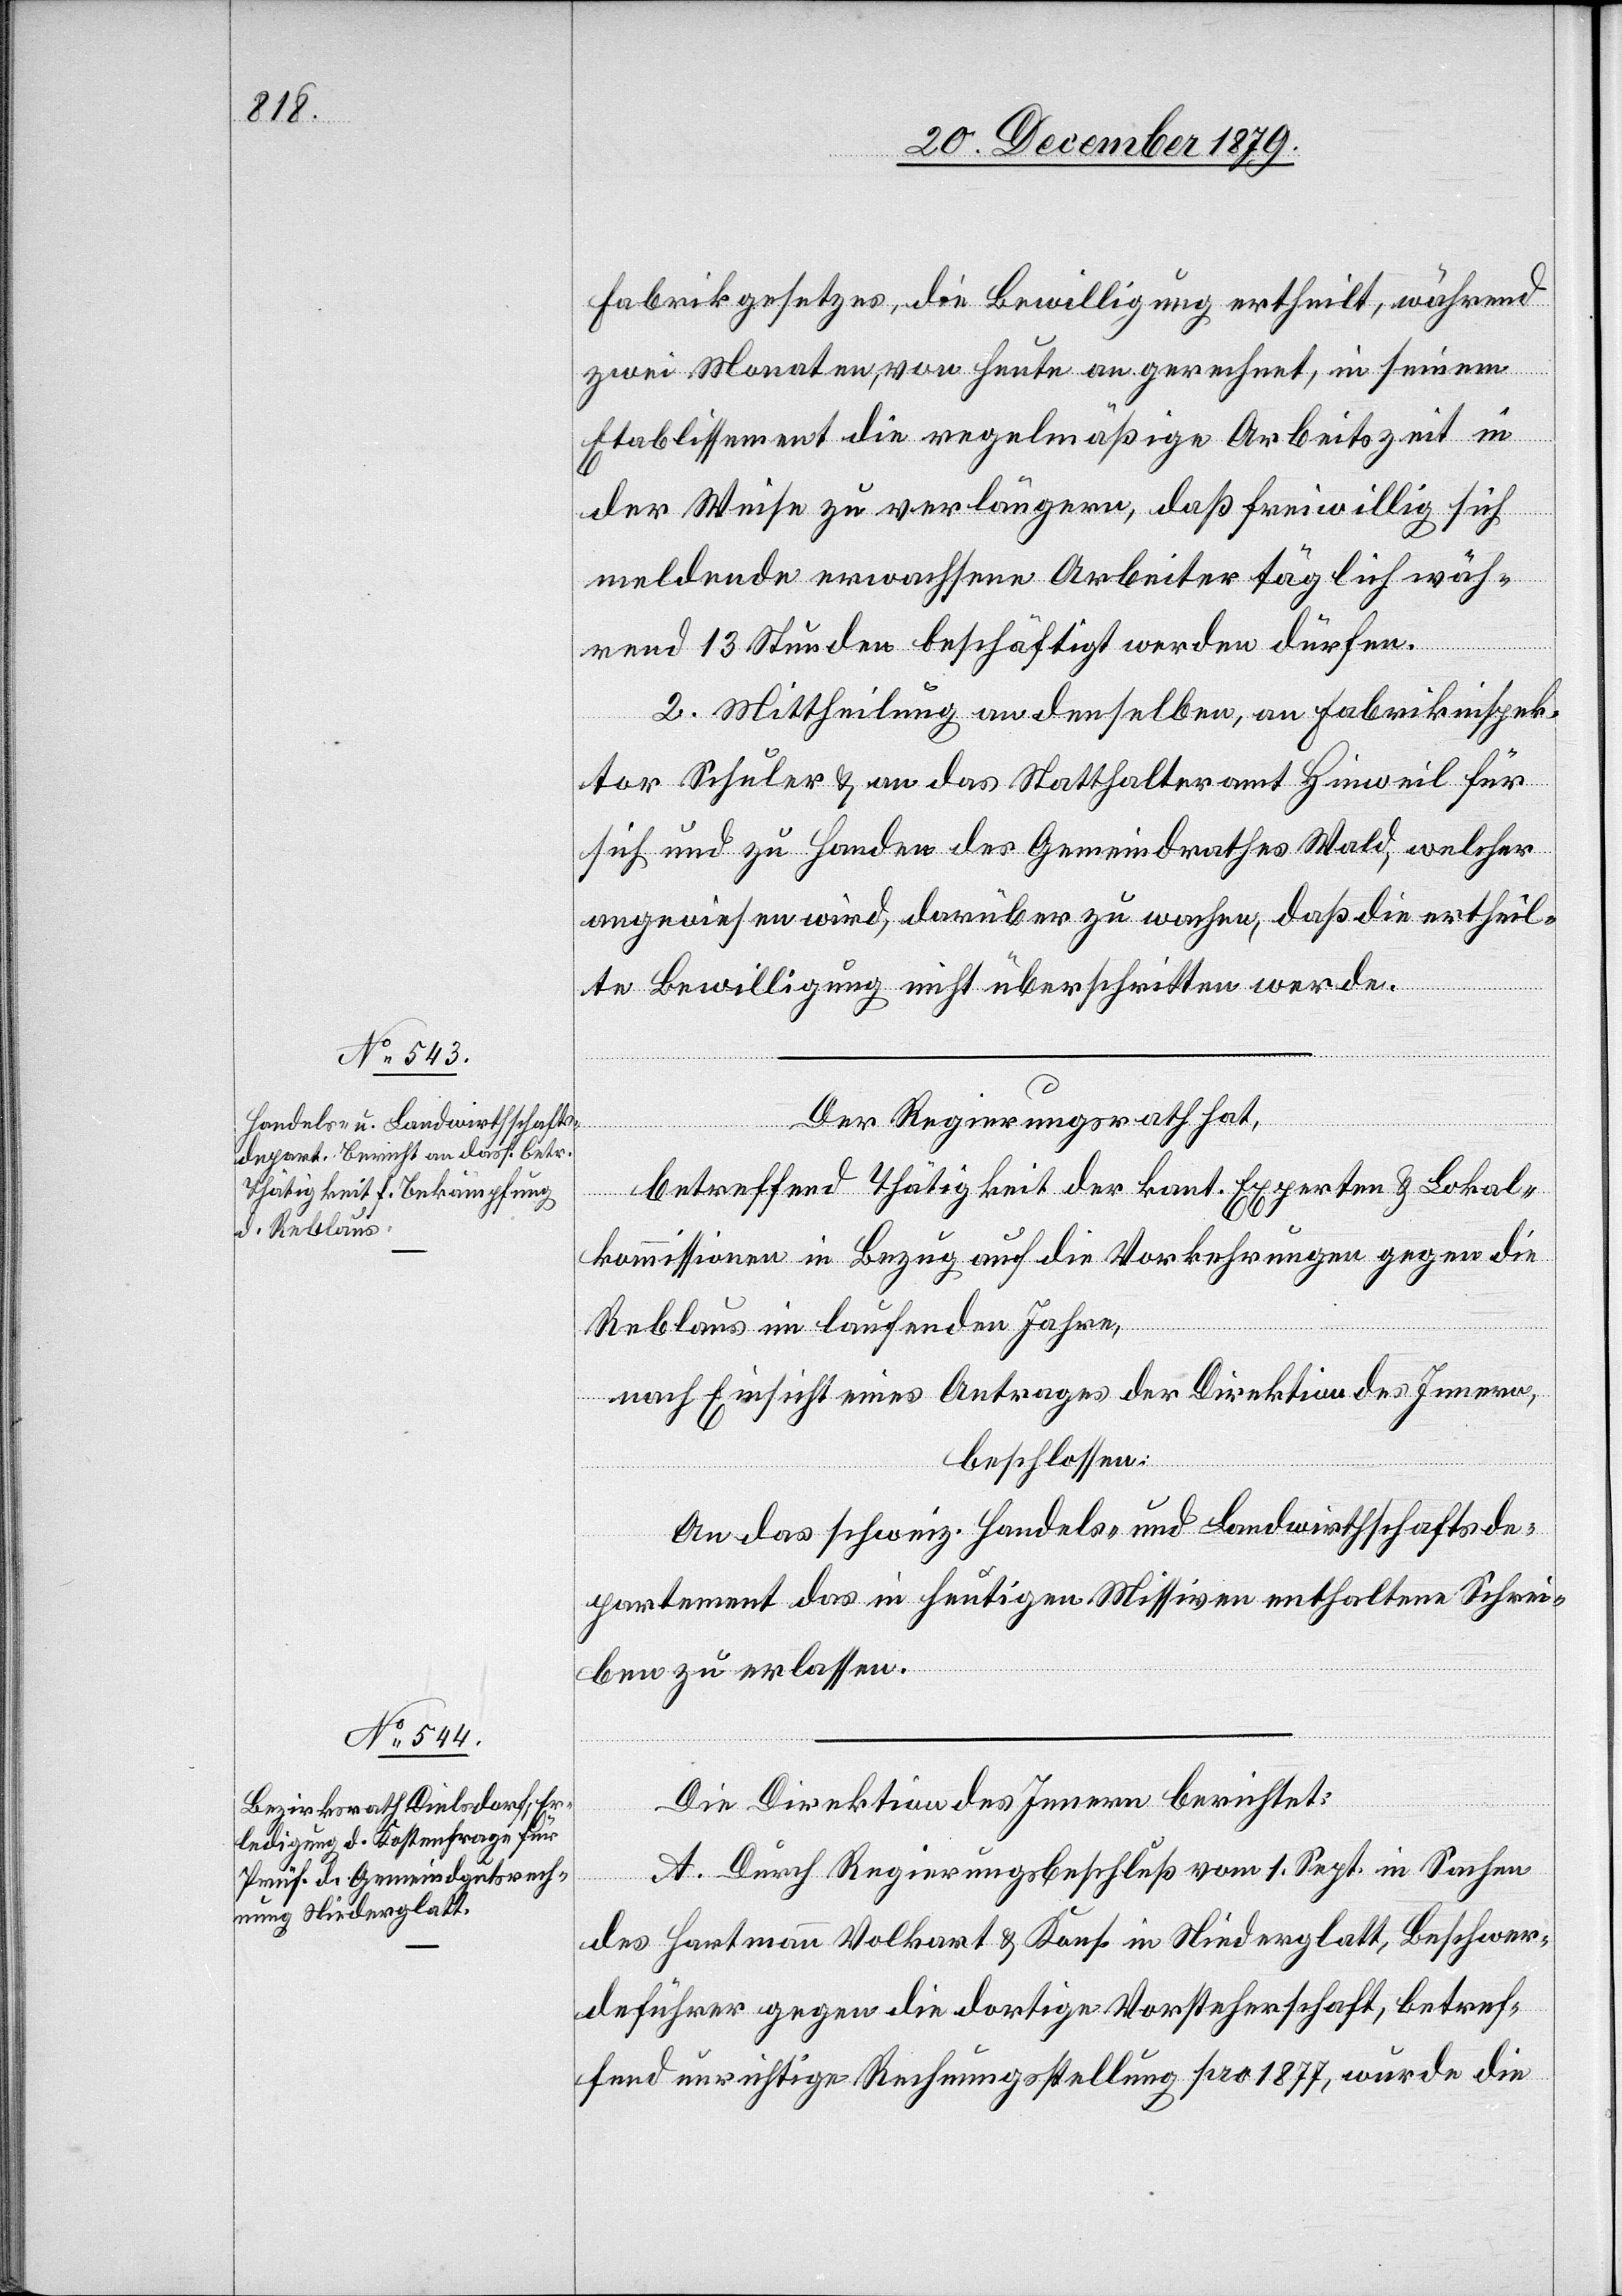
Fabrikgesetzes, die Bewilligung ertheilt, während
zwei Monaten, von heute an gerechnet, in seinem
Etablissement die regelmäßige Arbeitszeit in
der Weise zu verlängern, daß freiwillig sich
meldende erwachsene Arbeiter täglich wäh¬
rend 13 Stunden beschäftigt werden dürfen.
2. Mittheilung an denselben, an Fabrikinspek¬
tor Schuler & an das Statthalteramt Hinweil für
sich und zu Handen des Gemeindrathes Wald, welcher
angewiesen wird, darüber zu wachen, daß die ertheil¬
te Bewilligung nicht überschritten werde.
Der Regierungsrath hat,
betreffend Thätigkeit der kant. Experten & Lokal¬
kommissionen in Bezug auf die Vorkehrungen gegen die
Reblaus im laufenden Jahre,
nach Einsicht eines Antrages der Direktion des Innern,
beschlossen:
An das schweiz. Handels- und Landwirthschaftsde¬
partement das in heutigen Missiven enthaltene Schrei¬
ben zu erlassen.
Die Direktion des Innern berichtet:
A. Durch Regierungsbeschluß vom 1. Sept. in Sachen
des Hartmann Volkart & Kons. in Niederglatt, Beschwer¬
deführer gegen die dortige Vorsteherschaft, betref¬
fend unrichtiger Rechnungsstellung pro 1877, wurde die